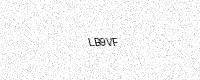
Text: LB9VF